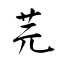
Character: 芫